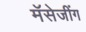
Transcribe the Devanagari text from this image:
मॅसेजींग